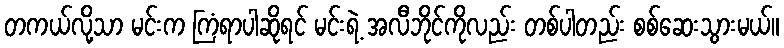
တကယ်လို့သာ မင်းက ကြံရာပါဆိုရင် မင်းရဲ့ အလီဘိုင်ကိုလည်း တစ်ပါတည်း စစ်ဆေးသွားမယ်။